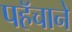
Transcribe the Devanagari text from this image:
पहॅचाने